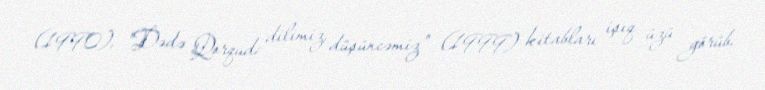
(1990), "Dədə Qorqud: dilimiz, düşüncəmiz" (1999) kitabları işıq üzü görüb.